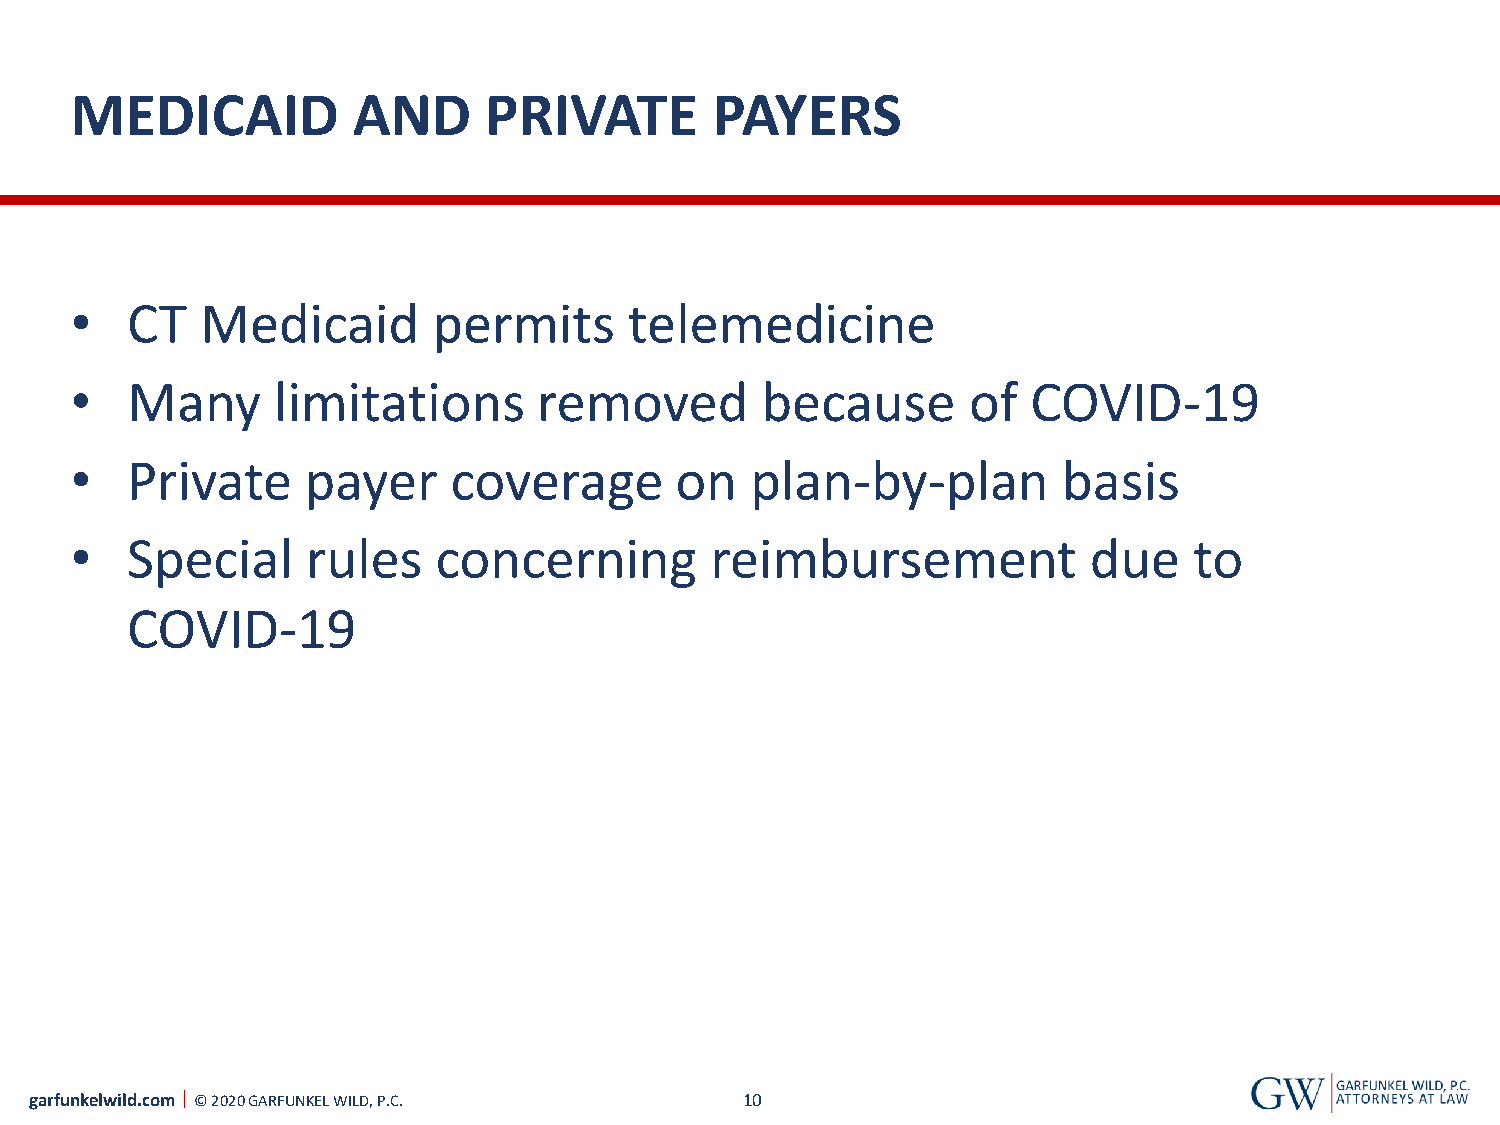
MEDICAID          AND      PRIVATE        PAYERS
 •  CT   Medicaid        permits      telemedicine
 •  Many      limitations       removed       because       of  COVID-19
 •  Private     payer     coverage       on   plan-by-plan        basis
 •  Special     rules    concerning        reimbursement            due    to
 COVID-19
 garfunkelwild.com © 2020 GARFUNKEL WILD, P.C.  10